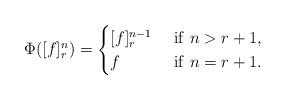
LaTeX: \begin{align*}\Phi ([f]_r^n)=\begin{cases}[f]_r^{n-1}\ &{\rm if}\ n>r+1,\\f\ &{\rm if}\ n=r+1.\end{cases}\end{align*}